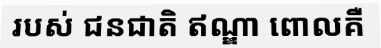
របស់ ជនជាតិ ឥណ្ឌា ពោលគឺ